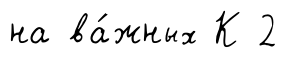
на ва́жных К 2